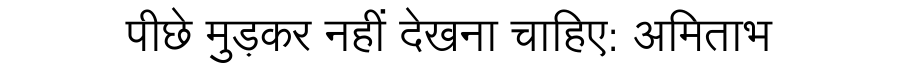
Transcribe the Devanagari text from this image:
पीछे मुड़कर नहीं देखना चाहिए: अमिताभ